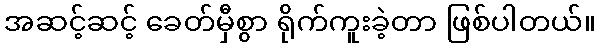
အဆင့်ဆင့် ခေတ်မှီစွာ ရိုက်ကူးခဲ့တာ ဖြစ်ပါတယ်။